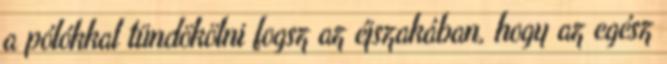
a pólókkal tündökölni fogsz az éjszakában, hogy az egész